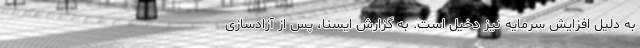
به دلیل افزایش سرمایه نیز دخیل است. به گزارش ایسنا، پس از آزادسازی